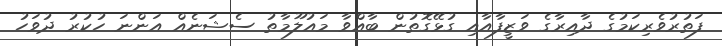
ފަތުރުވެރިކަމުގެ ދާއިރާގެ ވަޒީފާއާއި ގުޅޭގޮތުން ބާއްވާ މައުލޫމާތު ސެޝަނެއް އަންނަ ހުކުރު ދުވަހު